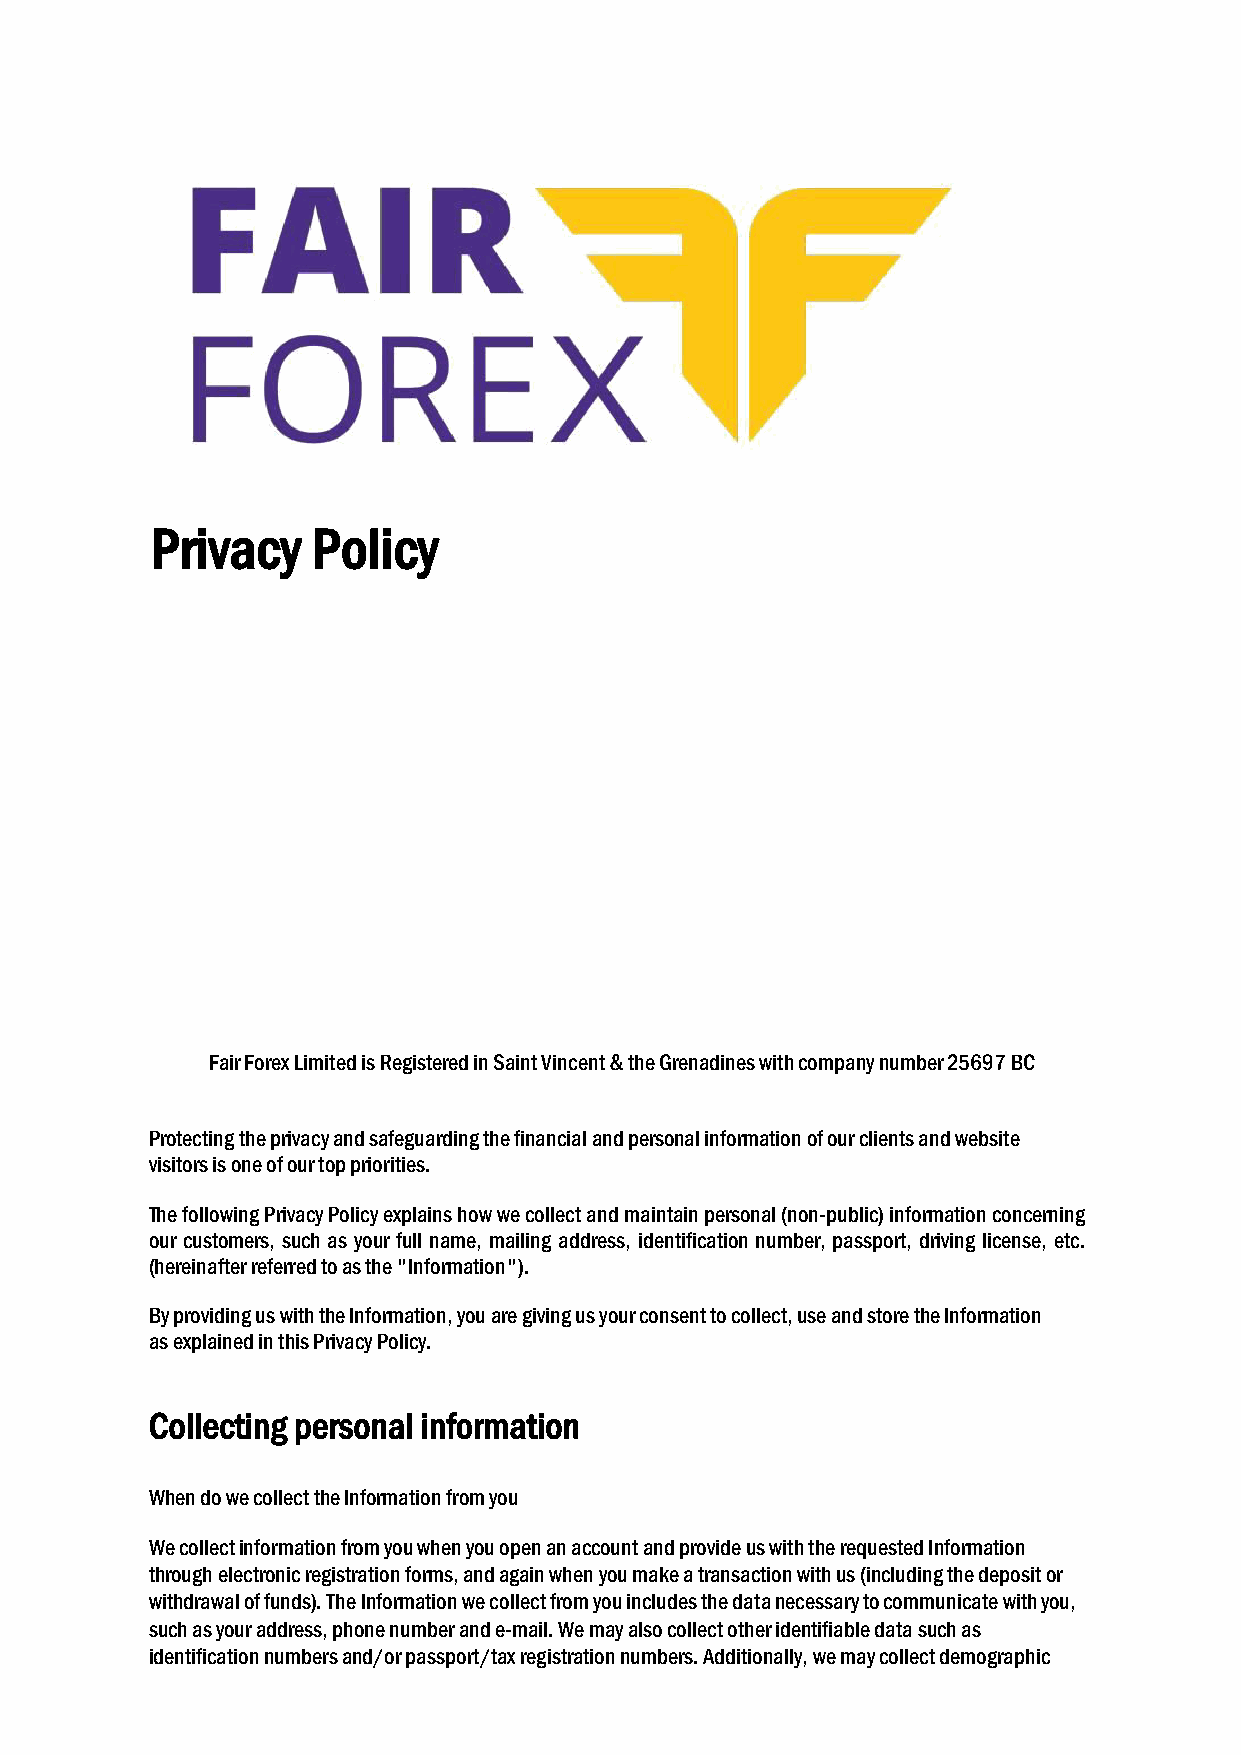
Privacy    Policy
 Fair Forex Limited is Registered in Saint Vincent & the Grenadines with company number 25697 BC
 Protecting the privacy and safeguarding the financial and personal information of our clients and website
 visitors is one of our top priorities.
 The following Privacy Policy explains how we collect and maintain personal (non-public) information concerning
 our customers, such as your full name, mailing address, identification number, passport, driving license, etc.
 (hereinafter referred to as the "Information").
 By providing us with the Information, you are giving us your consent to collect, use and store the Information
 as explained in this Privacy Policy.
 Collecting personal information
 When do we collect the Information from you
 We collect information from you when you open an account and provide us with the requested Information
 through electronic registration forms, and again when you make a transaction with us (including the deposit or
 withdrawal of funds). The Information we collect from you includes the data necessary to communicate with you,
 such as your address, phone number and e-mail. We may also collect other identifiable data such as
 identification numbers and/or passport/tax registration numbers. Additionally, we may collect demographic